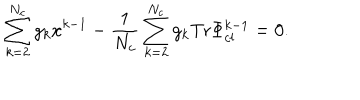
\sum _ { k = 2 } ^ { N _ { c } } g _ { k } x ^ { k - 1 } - \frac { 1 } { N _ { c } } \sum _ { k = 2 } ^ { N _ { c } } g _ { k } \mathrm { T r } \Phi _ { c l } ^ { k - 1 } = 0 .